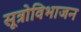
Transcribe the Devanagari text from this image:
सूत्रोविभाजन